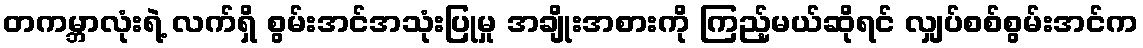
တကမ္ဘာလုံးရဲ့ လက်ရှိ စွမ်းအင်အသုံးပြုမှု အချိုးအစားကို ကြည့်မယ်ဆိုရင် လျှပ်စစ်စွမ်းအင်က